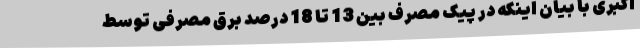
اکبری با بیان اینکه در پیک مصرف بین 13 تا 18 درصد برق مصرفی توسط